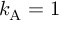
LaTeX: k _ { \mathrm { { A } } } = 1